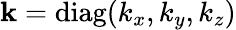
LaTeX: \textbf{k}=\mathrm{diag}(k_{x},k_{y},k_{z})